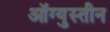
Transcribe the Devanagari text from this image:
ऑग्युस्तीन